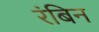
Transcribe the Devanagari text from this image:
रंबिन